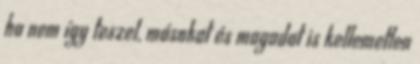
ha nem így teszel, másokat és magadat is kellemetlen